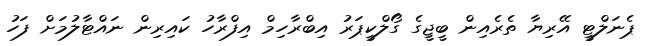
ޕެނަލްޓީ އޭރިޔާ ތެރެއިން ބީޖީގެ ގޯލްކީޕަރު އިބްރާހިމް އިފްރާހު ކައިރިން ނައްޓާލުމަށް ފަހު